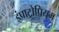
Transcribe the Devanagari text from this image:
इंप्राट्रोपियम